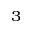
^ 3